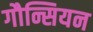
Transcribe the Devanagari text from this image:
गौन्सियन